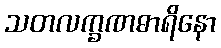
သတလက္ခဏဓာရိနော